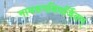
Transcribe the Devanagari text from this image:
नामरूपविवर्जितम्